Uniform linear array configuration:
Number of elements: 8
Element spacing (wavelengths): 1
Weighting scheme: cosine
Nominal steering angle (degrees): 15
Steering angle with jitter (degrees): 13.106
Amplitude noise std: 0.05
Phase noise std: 0.05

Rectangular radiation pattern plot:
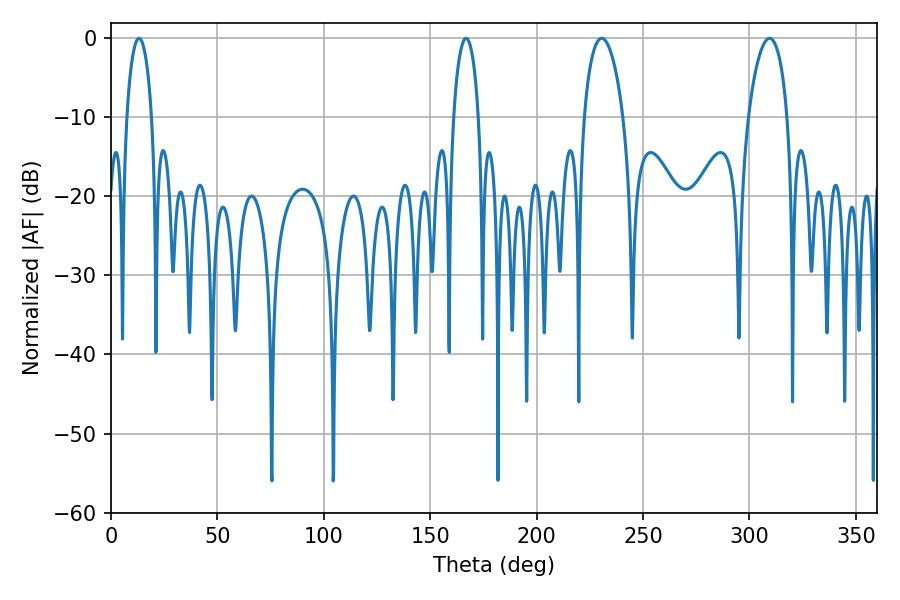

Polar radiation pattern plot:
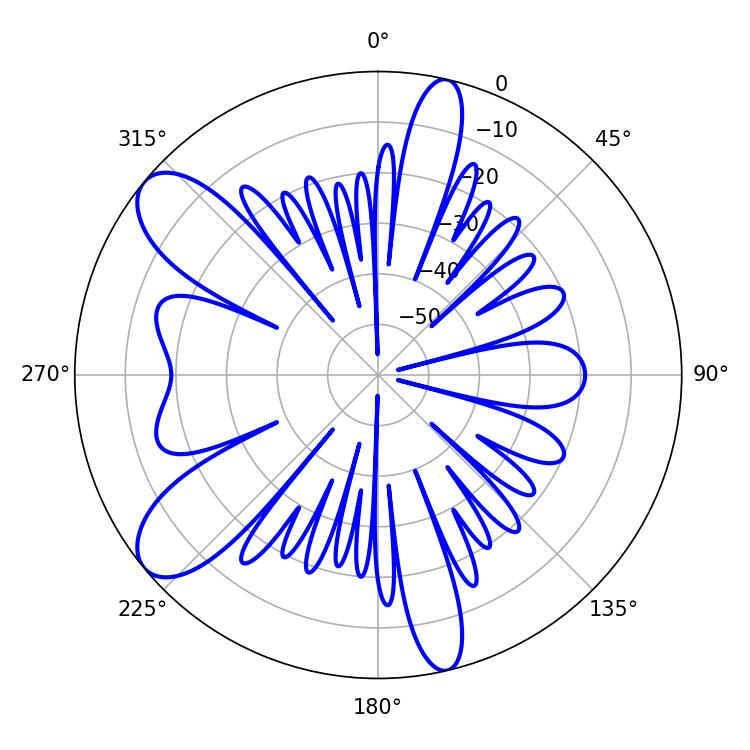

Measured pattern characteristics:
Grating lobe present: TRUE
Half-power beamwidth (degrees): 10.44
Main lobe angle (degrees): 309.42